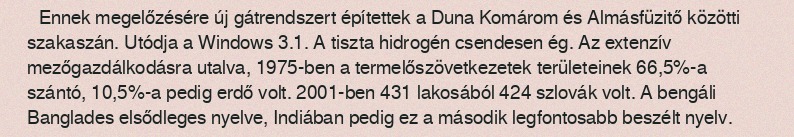
Ennek megelőzésére új gátrendszert építettek a Duna Komárom és Almásfüzitő közötti szakaszán. Utódja a Windows 3.1. A tiszta hidrogén csendesen ég. Az extenzív mezőgazdálkodásra utalva, 1975-ben a termelőszövetkezetek területeinek 66,5%-a szántó, 10,5%-a pedig erdő volt. 2001-ben 431 lakosából 424 szlovák volt. A bengáli Banglades elsődleges nyelve, Indiában pedig ez a második legfontosabb beszélt nyelv.